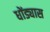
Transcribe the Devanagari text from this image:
धोंड्यास